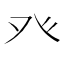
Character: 癶